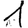
Digit: 1